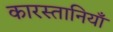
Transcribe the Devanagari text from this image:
कारस्तानियाँ